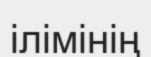
ілімінің